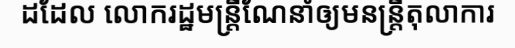
ដដែល លោករដ្ឋមន្ត្រីណែនាំឲ្យមនន្ត្រីតុលាការ